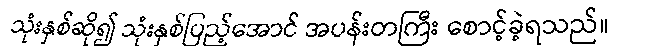
သုံးနှစ်ဆို၍ သုံးနှစ်ပြည့်အောင် အပန်းတကြီး စောင့်ခဲ့ရသည်။